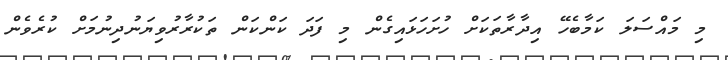
މި މައްސަލަ ކަމާބެހޭ އިދާރާތަކަށް ހުށަހަޅައިގެން މި ފަދަ ކަންކަން ތަކުރާރުވިޔަނުދިނުމަށް ކުރެވެން